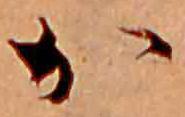
か